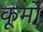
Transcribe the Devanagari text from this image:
कूर्मो